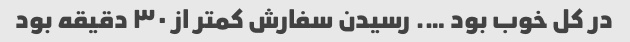
در کل خوب بود …. رسیدن سفارش کمتر از ۳۰ دقیقه بود